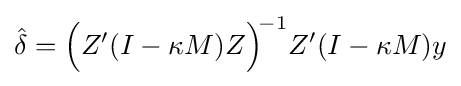
{\hat {\delta }}={\Big (}Z'(I-\kappa M)Z{\Big )}^{\!-1}Z'(I-\kappa M)y